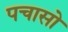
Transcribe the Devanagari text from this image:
पचासो